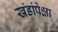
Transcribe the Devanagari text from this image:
खंडांपेक्षा